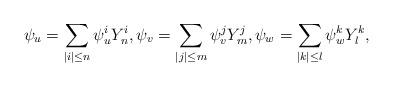
LaTeX: \begin{align*}\psi_u = \sum_{|i|\le n }{\psi^i_u Y_n^i}, \psi_v= \sum_{|j|\le m }{\psi_v^j Y_m^j}, \psi_w = \sum_{|k|\le l}{\psi_w^k Y_l^k},\end{align*}